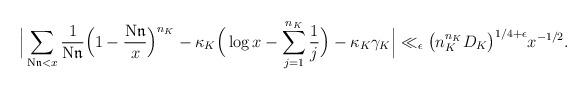
LaTeX: \begin{align*}\Big|\sum_{\mathrm{N}\mathfrak{n} < x}\frac{1}{\mathrm{N}\mathfrak{n}}\Big(1-\frac{\mathrm{N}\mathfrak{n}}{x}\Big)^{n_K}-\kappa_K\Big(\log x-\sum_{j=1}^{n_K} \frac{1}{j}\Big)-\kappa_K\gamma_K\Big|\ll_{\epsilon} \big( n_K^{n_K} D_K \big)^{1/4+\epsilon} x^{-1/2}.\end{align*}